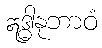
ဣဒ္ဓါနုဘာဝံ